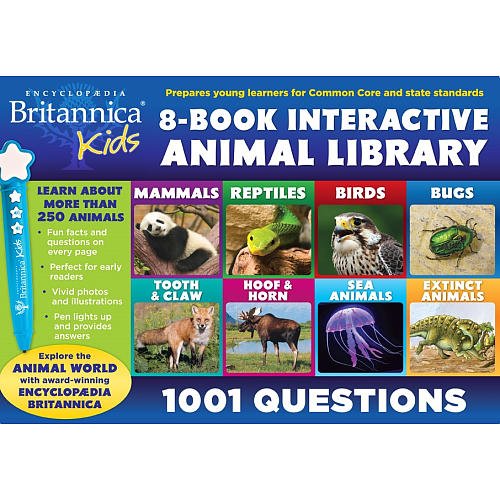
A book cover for Encyclopedia Britannica Kids - Animals; Reference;